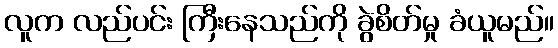
လူက လည်ပင်း ကြီးနေသည်ကို ခွဲစိတ်မှု ခံယူမည်။